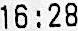
16:28